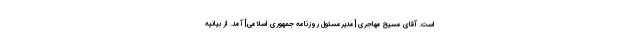
است. آقاى مسیح مهاجرى [مدیرمسئول روزنامه جمهوری اسلامی] آمد. از بیانیه